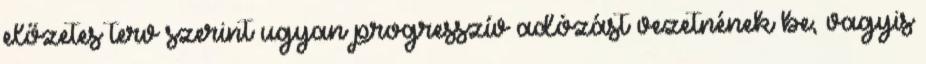
előzetes terv szerint ugyan progresszív adózást vezetnének be, vagyis